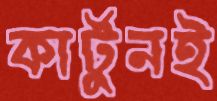
কার্টুনই